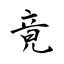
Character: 竟